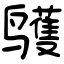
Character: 鹱